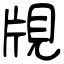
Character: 覑